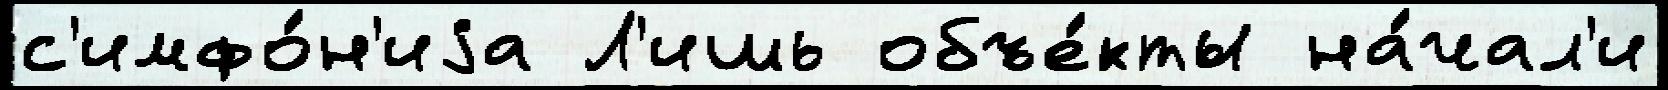
с'имфо́н'иjа Л'ишь объе́кты на́чал'и